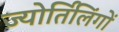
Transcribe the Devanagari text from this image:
ज्‍योर्तिलिंगों